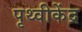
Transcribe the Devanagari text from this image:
पृथ्वीकेंद्र